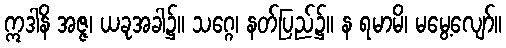
ဣဒါနိ အဇ္ဇ၊ ယခုအခါ၌။ သဂ္ဂေ၊ နတ်ပြည်၌။ န ရမာမိ၊ မမွေ့လျော်။